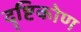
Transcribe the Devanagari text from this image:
दॄष्टिकोण